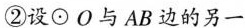
②设\odot О与AB边的另一